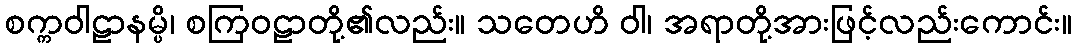
စက္ကဝါဠာနမ္ပိ၊ စကြဝဠာတို့၏လည်း။ သတေဟိ ဝါ၊ အရာတို့အားဖြင့်လည်းကောင်း။